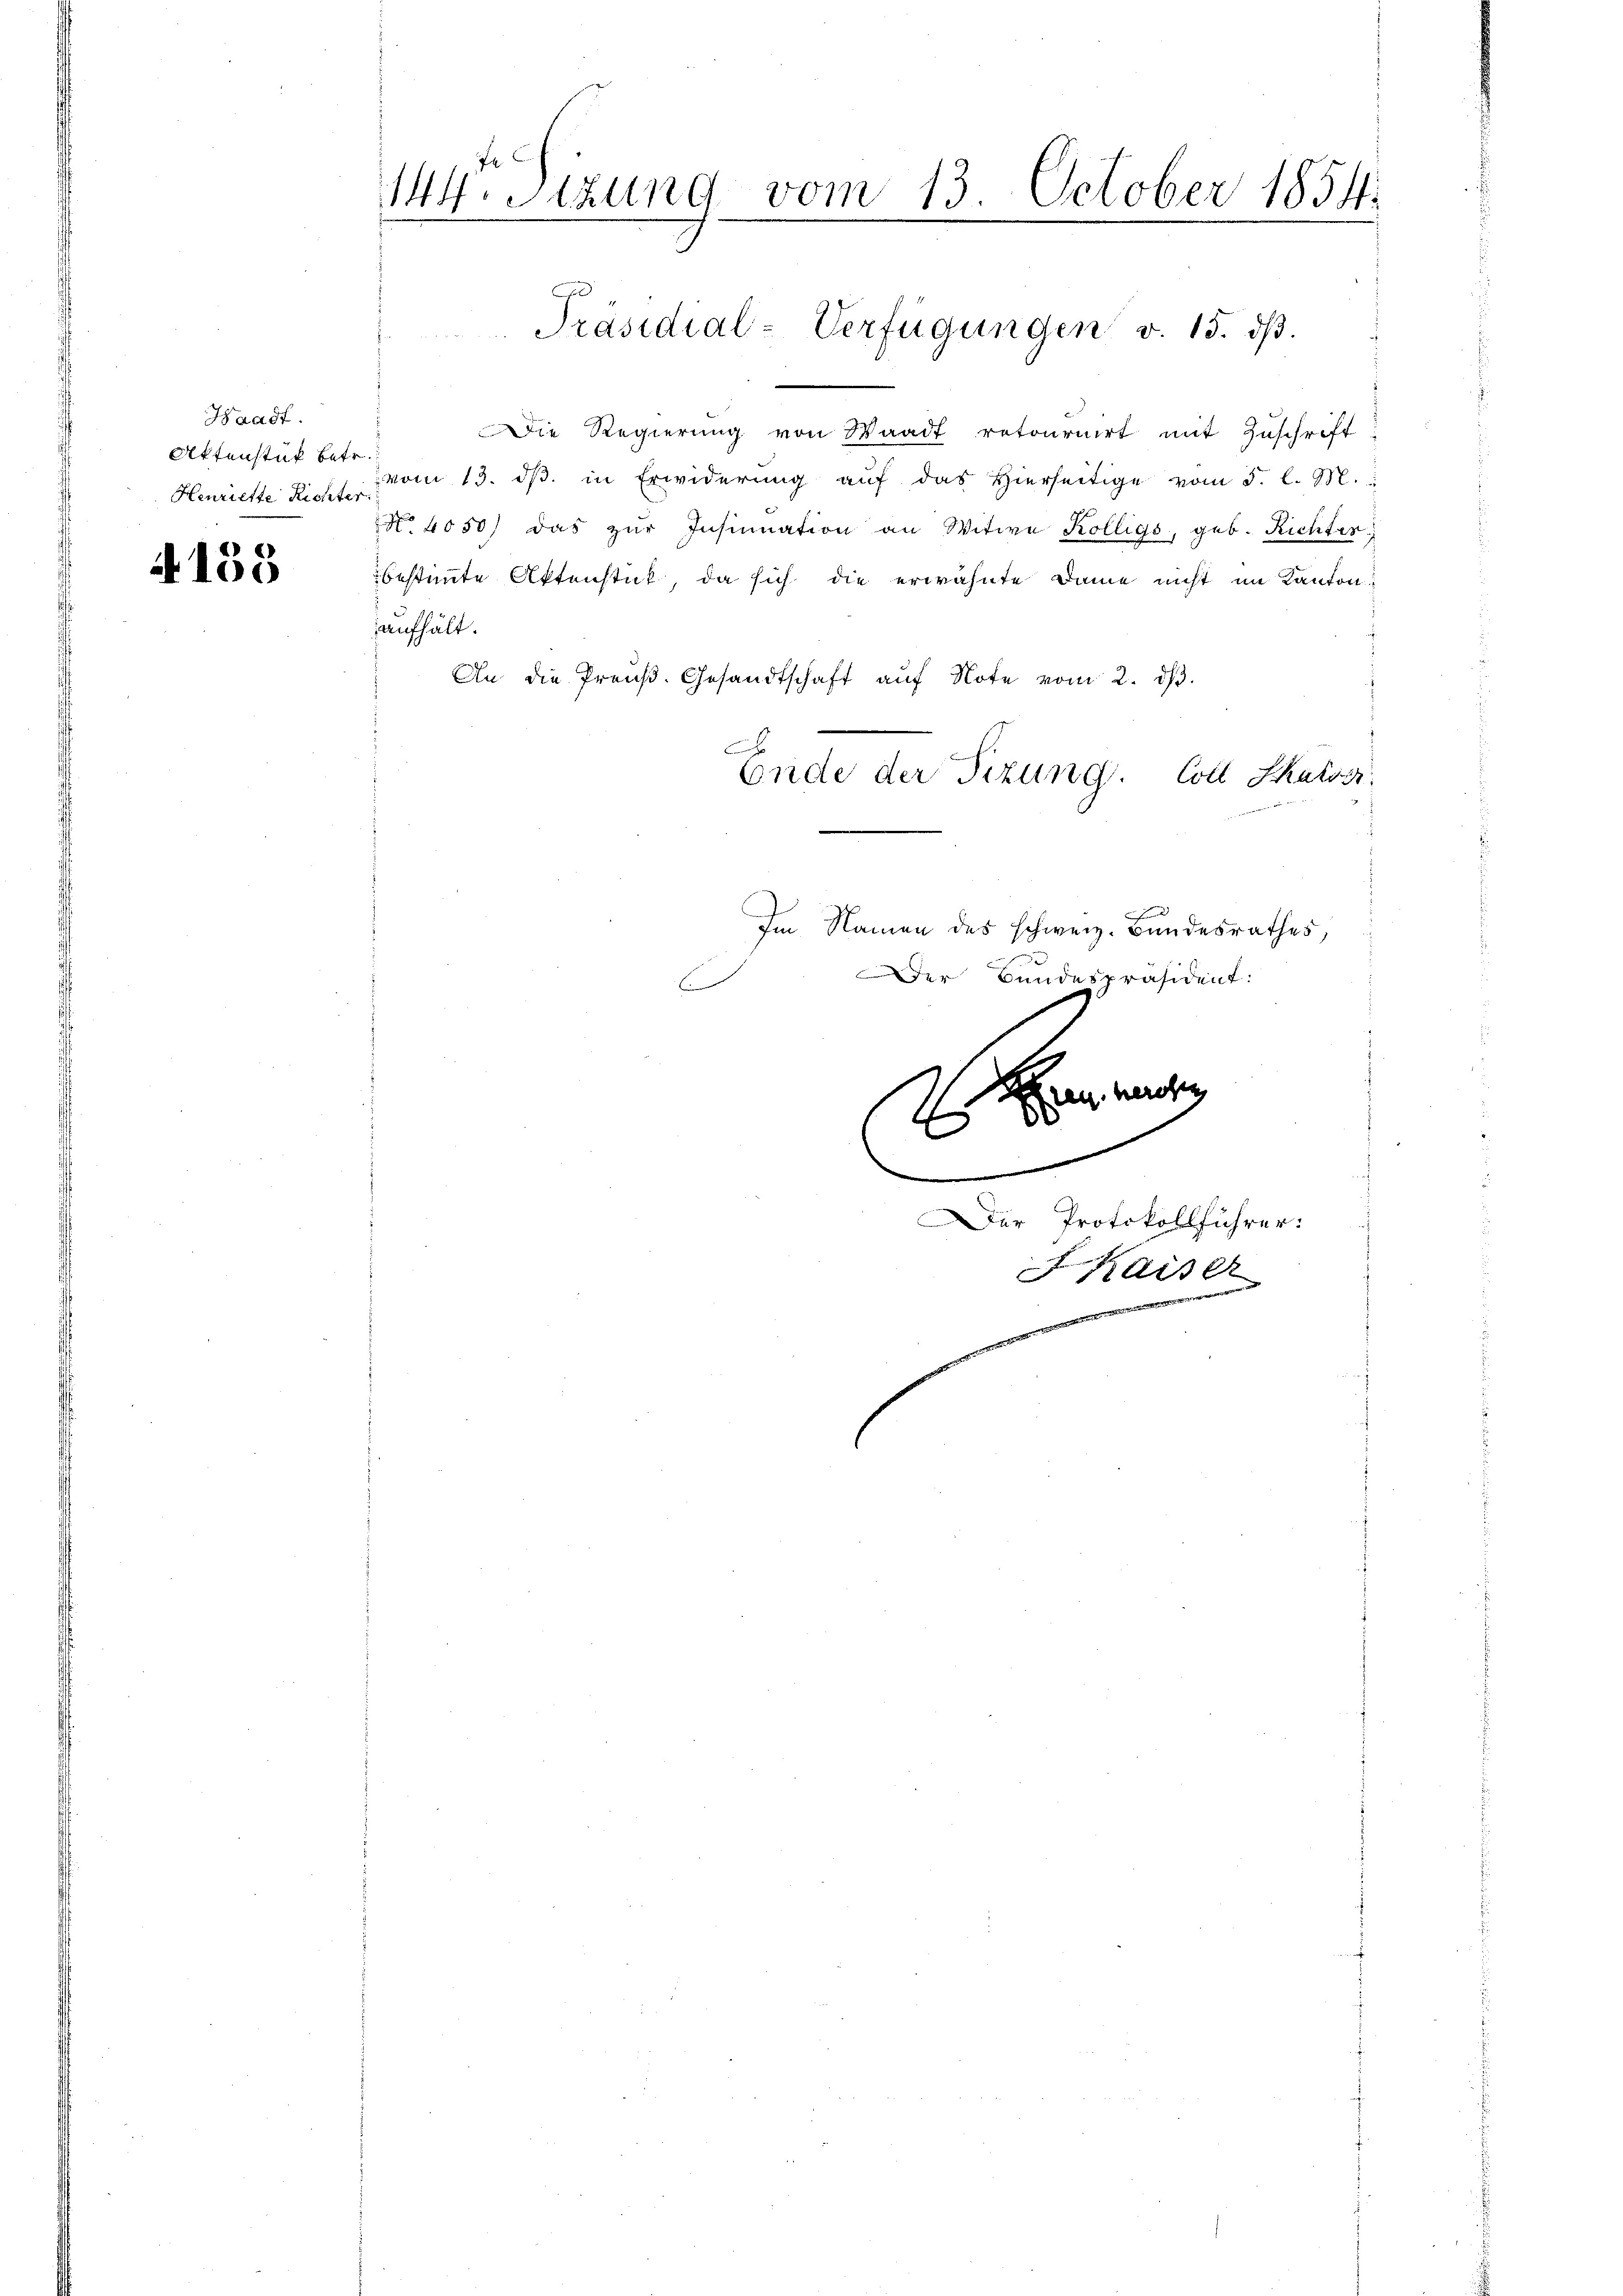
Waadt.
Aktenstük betr.
Henriette Richter

4153

144. Sitzung vom 13. October 1851

Die Regierung von Waadt retournirt mit Zuschrift
vom 13. dβ. in Erwiderŭng aŭf das hierseitige vom 3. l. M.
No 4050 das zŭr Insinuation an Witwe Kölligs, geb. Richtes
bestimmte Aktenstück, da sich die erwähnte Dame nicht im Kanton
aufhält.
An die Preuß. Gesandtschaft aŭf Note vom 2. dβ.
x
Ende der Fizung. Coll Skaloss
Im Namen des schweiz. Bundesrathes,
Der Bundespräsident:
E

Präsidial-Verfügungen v. 15. ds.

Aren heuches
e
t
.
Der Protokollführer:
FKaiser
n
.